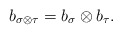
\begin{align*}b_{\sigma\otimes \tau} = b_{\sigma}\otimes b_{\tau}.\end{align*}